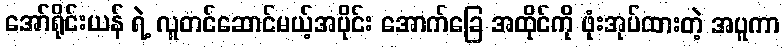
အော်ရိုင်းယန် ရဲ့ လူတင်ဆောင်မယ့်အပိုင်း အောက်ခြေ အထိုင်ကို ဖုံးအုပ်ထားတဲ့ အပူကာ